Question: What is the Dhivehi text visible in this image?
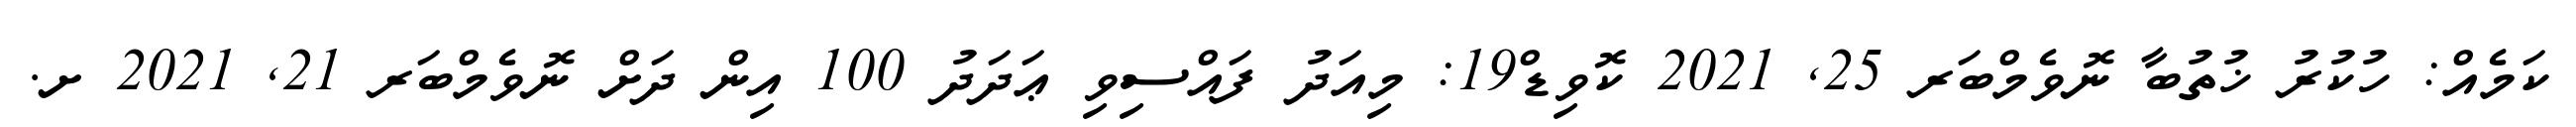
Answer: ކަމެއް: ހުކުރު ޚުތުބާ ނޮވެމްބަރ 25, 2021 ކޮވިޑް19: މިއަދު ފައްސިވި ޢަދަދު 100 އިން ދަށް ނޮވެމްބަރ 21, 2021 ށ.